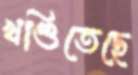
খণ্ডিতেছে